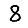
Digit: 8